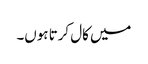
میں کال کرتا ہوں۔